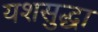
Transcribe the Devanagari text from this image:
यशसुद्धा